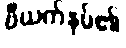
ဗီယက်နမ်၏